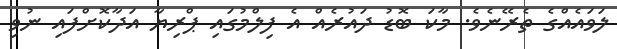
ލަވައެއްގެ ތެރޭނެވެ. މާކަ ބޮޑު ދައުރެއް އެ ފިލްމުގައި ޕްރިޔާ އަދާކޮށްފައި ނުވި